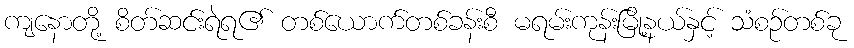
ကျနောတို့ စိတ်ဆင်းရဲရ၏ တစ်ယောက်တစ်ခန်းစီ မရမ်းကုန်းမြို့နယ်နှင့် သံစဉ်တစ်ခု